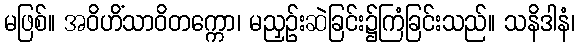
မဖြစ်။ အဝိဟိံသာဝိတက္ကော၊ မညှဉ်းဆဲခြင်း၌ကြံခြင်းသည်။ သနိဒါနံ၊